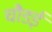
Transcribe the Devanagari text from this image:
चौडई